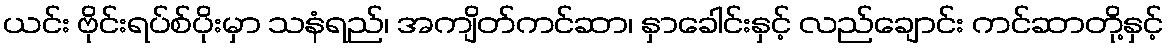
ယင်း ဗိုင်းရပ်စ်ပိုးမှာ သနံရည်၊ အကျိတ်ကင်ဆာ၊ နှာခေါင်းနှင့် လည်ချောင်း ကင်ဆာတို့နှင့်